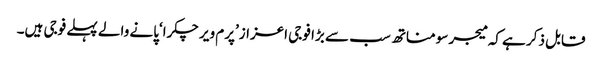
قابل ذکر ہے کہ میجر سومناتھ سب سے بڑا فوجی اعزاز’پرم ویر چکرا‘پانے والے پہلے فوجی ہیں۔